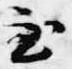
至